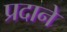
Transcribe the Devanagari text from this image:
प्रदाने